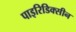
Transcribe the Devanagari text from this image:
पाइरिडिक्सीन